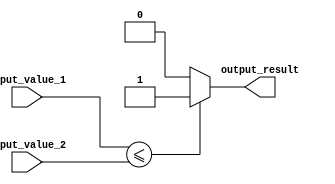
module less_than_equal_to_comparator (
    input signed [7:0] input_value_1,
    input signed [7:0] input_value_2,
    output reg output_result
);

always @(input_value_1, input_value_2) begin
    if (input_value_1 <= input_value_2) begin
        output_result <= 1;
    end else begin
        output_result <= 0;
    end
end

endmodule